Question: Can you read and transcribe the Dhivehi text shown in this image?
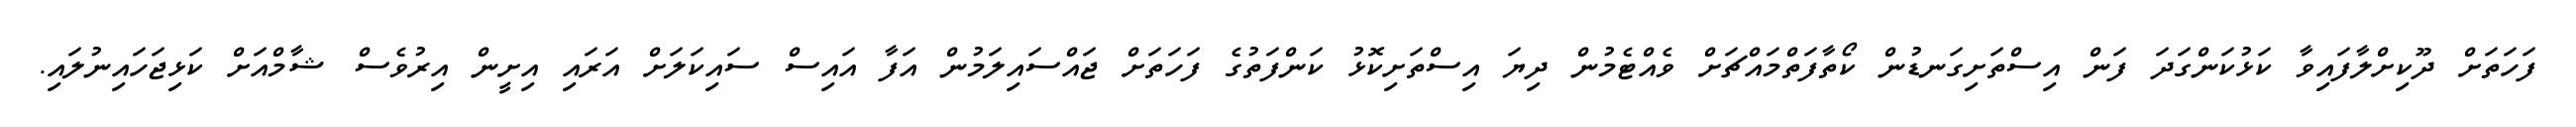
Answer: ފަހަތަށް ދޫކިށްލާފައިވާ ކަޅުކަންގަދަ ފަން އިސްތަށިގަނޑުން ކޯތާފަތްމައްޗަށް ވެއްޓެމުން ދިޔަ އިސްތަށިކޮޅު ކަންފަތުގެ ފަހަތަށް ޖައްސައިލަމުން އަފާ އައިސް ސައިކަލަށް އަރައި އިށީން އިރުވެސް ޝާމްއަށް ކަޅިޖަހައިނުލައި.